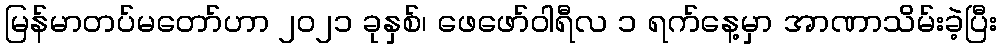
မြန်မာတပ်မတော်ဟာ ၂၀၂၁ ခုနှစ်၊ ဖေဖော်ဝါရီလ ၁ ရက်နေ့မှာ အာဏာသိမ်းခဲ့ပြီး